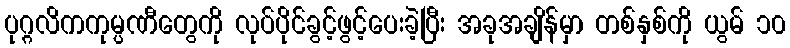
ပုဂ္ဂလိကကုမ္ပဏီတွေကို လုပ်ပိုင်ခွင့်ဖွင့်ပေးခဲ့ပြီး အခုအချိန်မှာ တစ်နှစ်ကို ယွမ် ၁၀